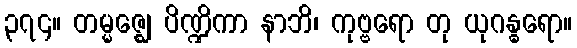
၃၇၄။ တမ္မဇ္ဈေ ပိဏ္ဍိကာ နာဘိ၊ ကုဗ္ဗရော တု ယုဂန္ဓရော။